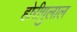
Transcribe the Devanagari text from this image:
होरीगुलाल